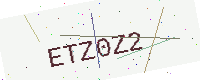
Text: ETZ0Z2